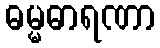
ဓမ္မဓာရဏာ